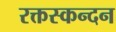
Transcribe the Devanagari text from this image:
रक्तस्कन्दन